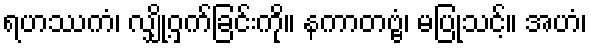
ရဟဿကံ၊ လျှို့ဝှက်ခြင်းကို။ နကာတဗ္ဗံ၊ မပြုသင့်။ အဟံ၊